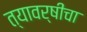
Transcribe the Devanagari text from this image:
त्यावर्षीचा